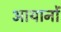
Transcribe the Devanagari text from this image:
आयानों